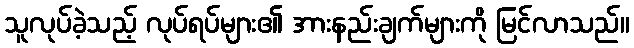
သူလုပ်ခဲ့သည့် လုပ်ရပ်များ၏ အားနည်းချက်များကို မြင်လာသည်။